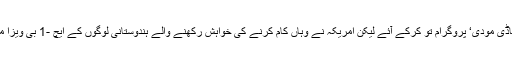
وزیر اعظم امریکہ جاکر اپنا ’ہاڈی مودی‘ پروگرام تو کرکے آئے لیکن امریکہ نے وہاں کام کرنے کی خواہش رکھنے والے ہندوستانی لوگوں کے ایچ -1 بی ویزا مسترد کرنے میں اضافہ کر دیا۔